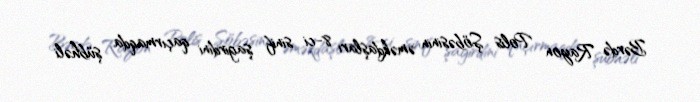
Bərdə Rayon Polis Şöbəsinin əməkdaşları 8-ci sinif şagirdini qaçırmaqda şübhəli